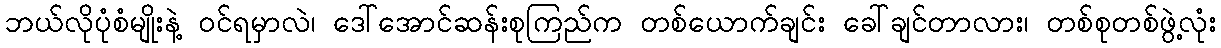
ဘယ်လိုပုံစံမျိုးနဲ့ ဝင်ရမှာလဲ၊ ဒေါ်အောင်ဆန်းစုကြည်က တစ်ယောက်ချင်း ခေါ်ချင်တာလား၊ တစ်စုတစ်ဖွဲ့လုံး